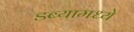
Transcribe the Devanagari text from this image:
डब्यामध्ये